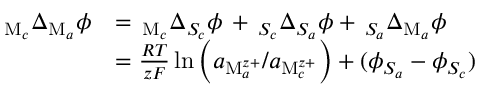
\begin{array} { r l } { _ { \mathrm { M } _ { c } } \Delta _ { \mathrm { M } _ { a } } \phi } & { = \, _ { \mathrm { M } _ { c } } \Delta _ { S _ { c } } \phi \, + \, _ { S _ { c } } \Delta _ { S _ { a } } \phi + \, _ { S _ { a } } \Delta _ { \mathrm { M } _ { a } } \phi } \\ & { = \frac { R T } { z F } \ln \left( a _ { \mathrm { M } _ { a } ^ { z + } } / a _ { \mathrm { M } _ { c } ^ { z + } } \right) + ( \phi _ { S _ { a } } - \phi _ { S _ { c } } ) } \end{array}